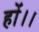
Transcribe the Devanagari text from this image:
हों।।